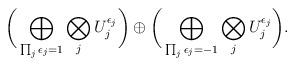
LaTeX: \begin{align*}\bigg{(}\bigoplus_{\prod_j\epsilon_j=1}\bigotimes_jU_j^{\epsilon_j}\bigg{)}\oplus\bigg{(}\bigoplus_{\prod_j\epsilon_j=-1}\bigotimes_jU_j^{\epsilon_j}\bigg{)}.\end{align*}